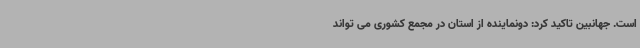
است. جهانبین تاکید کرد: دونماینده از استان در مجمع کشوری می تواند